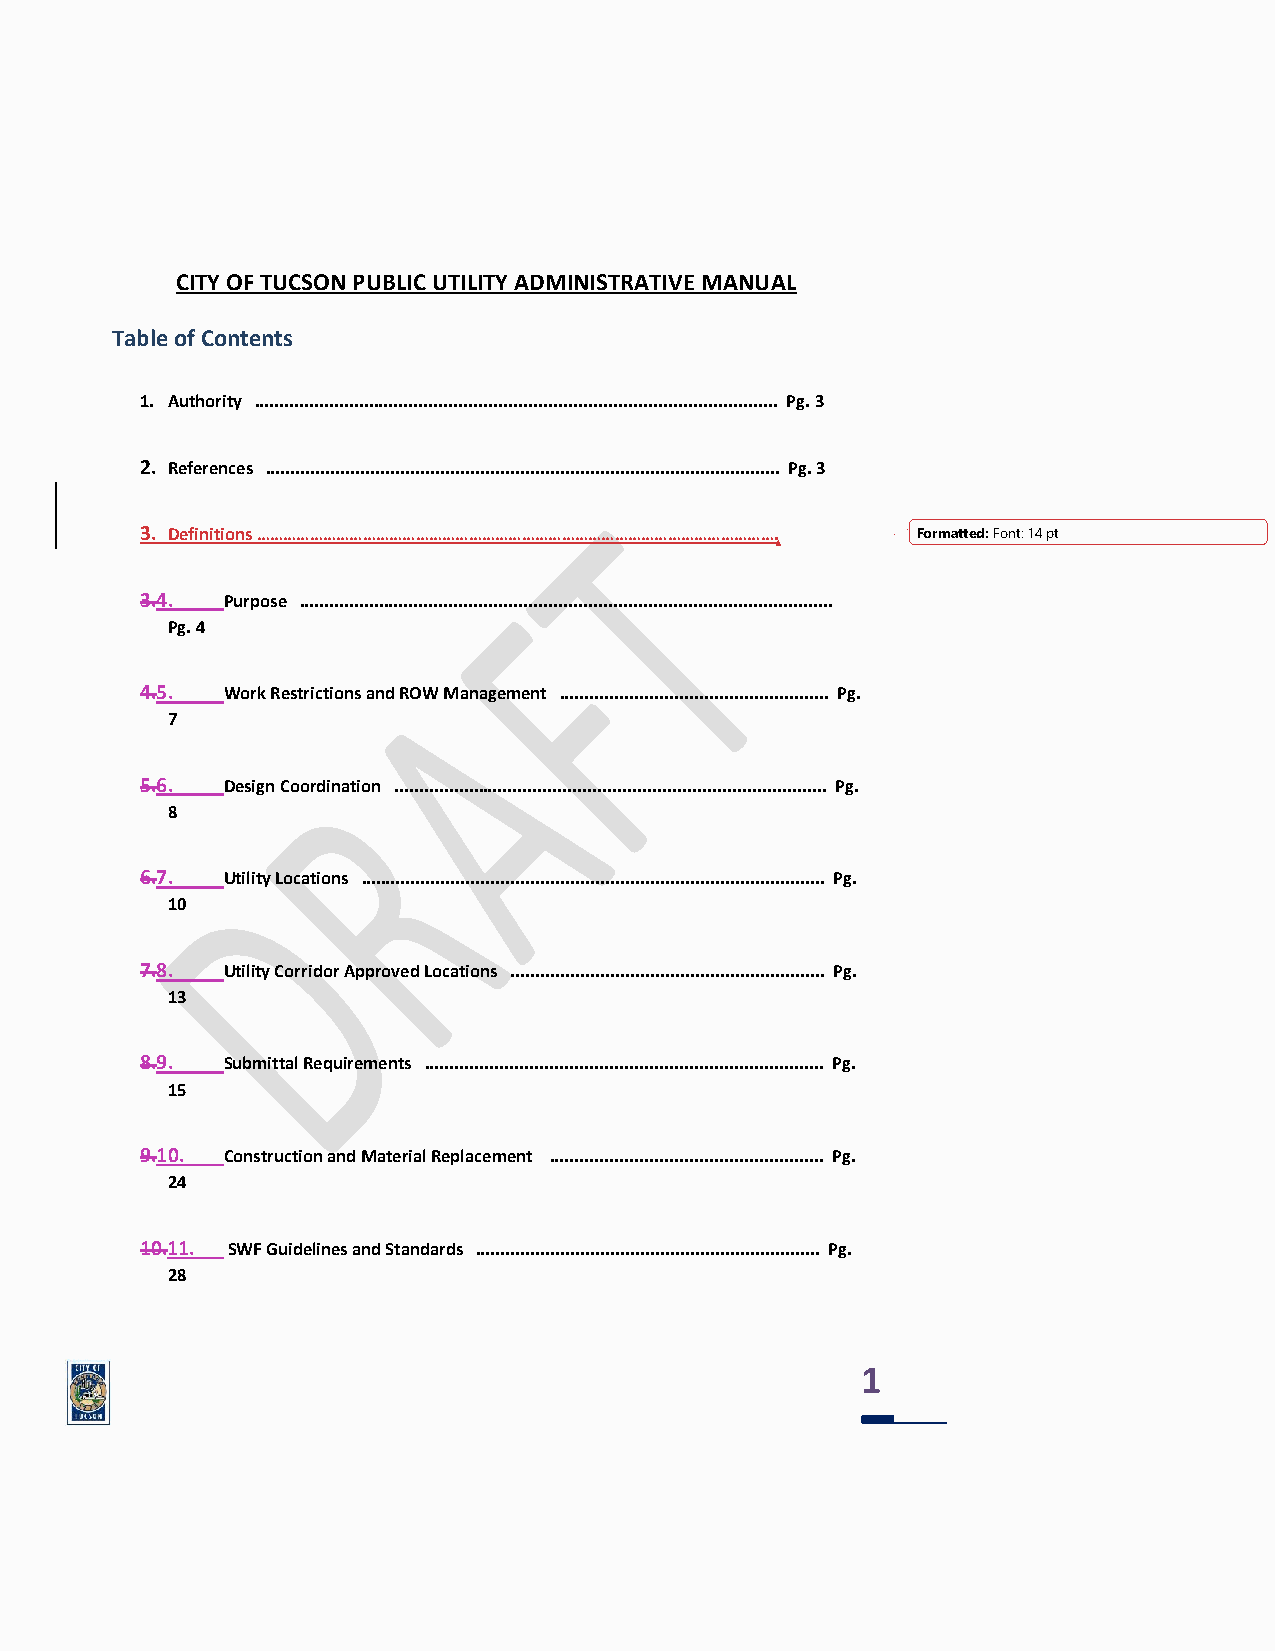
CITY OF TUCSON PUBLIC UTILITY ADMINISTRATIVE MANUAL
 Table of Contents
 1. Authority ......................................................................................................... Pg. 3
 2. References ....................................................................................................... Pg. 3
 3. Definitions ………………………………………………………………………………………………………. Formatted: Font: 14 pt
 3.4.  Purpose ...........................................................................................................
 Pg. 4
 4.5.  Work Restrictions and ROW Management ...................................................... Pg.
 7
 5.6.  Design Coordination ....................................................................................... Pg.
 8
 6.7.  Utility Locations ............................................................................................. Pg.
 10
 7.8.  Utility Corridor Approved Locations ............................................................... Pg.
 13
 8.9.  Submittal Requirements ................................................................................ Pg.
 15
 9.10. Construction and Material Replacement ....................................................... Pg.
 24
 10.11. SWF Guidelines and Standards ..................................................................... Pg.
 28
 1